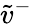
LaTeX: \tilde{v}^{-}